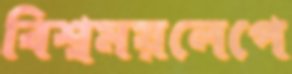
বিশ্বময়লেপে